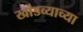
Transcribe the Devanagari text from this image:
खांडव्याच्या